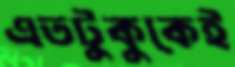
এতটুকুকেই